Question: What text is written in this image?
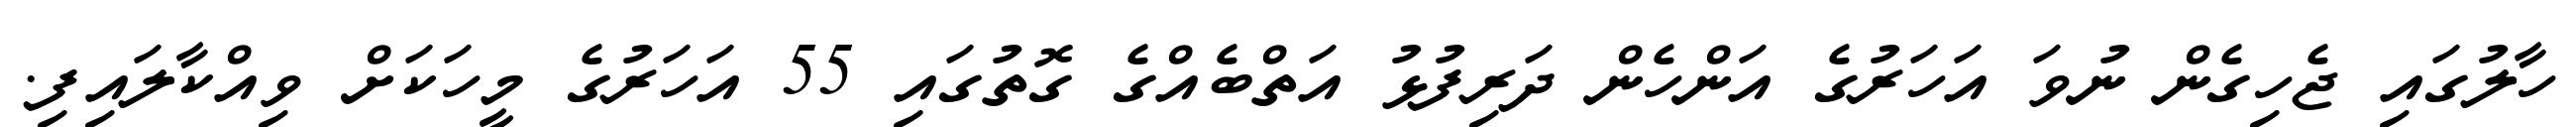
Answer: ހާލުގައި ޖެހިގެން ނުވަ އަހަރުގެ އަންހެން ދަރިފުޅު އަތްބެއްގެ ގޮތުގައި 55 އަހަރުގެ މީހަކަށް ވިއްކާލައިފި.